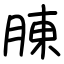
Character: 腖